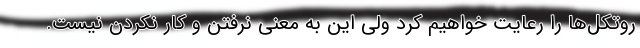
روتکل‌ها را رعایت خواهیم کرد ولی این به معنی نرفتن و کار نکردن نیست.